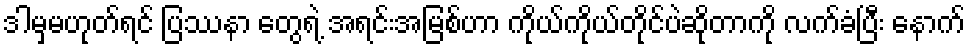
ဒါမှမဟုတ်ရင် ပြဿနာ တွေရဲ့ အရင်းအမြစ်ဟာ ကိုယ်ကိုယ်တိုင်ပဲဆိုတာကို လက်ခံပြီး နောက်